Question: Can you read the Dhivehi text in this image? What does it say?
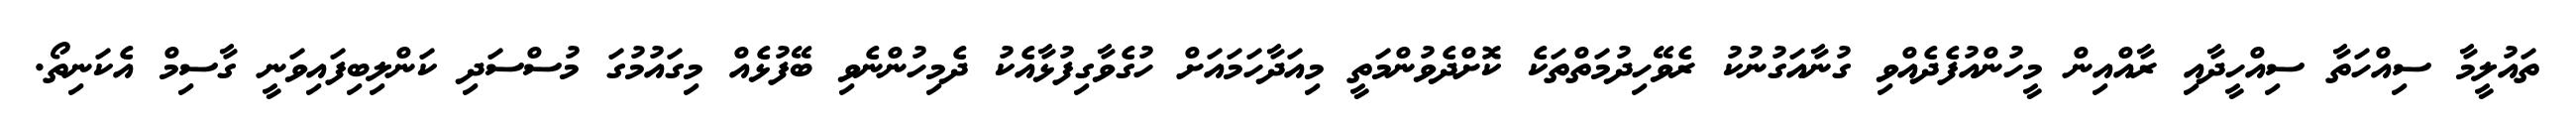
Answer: ތައުލީމާ ސިއްހަތާ ސިއްހީދާއި ރާއްއިން މީހުންއުފެދެއްވި ގުނާއަގުނުކު ރެވޭހިދުމަތްތަކެ ކޮށްދެވުންމަތީ މިއަދާހަމައަށް ހުގެވާގިފުޅާއެކު ދެމިހުންނެވި ބޭފުޅެއް މިގައުމުގަ މުސްސަދި ކަންލިބިފައިވަނީ ގާސިމް އެކަނިތޯ.